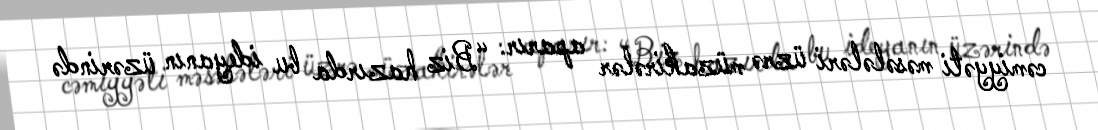
cəmiyyəti məsələləri üzrə müzakirələr aparır: “Biz hazırda bu ideyanın üzərində